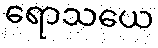
ရောသယေ